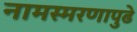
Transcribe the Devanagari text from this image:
नामस्मरणापुढे